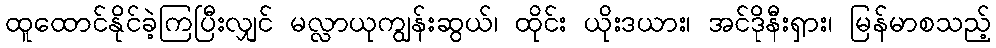
ထူထောင်နိုင်ခဲ့ကြပြီးလျှင် မလ္လာယုကျွန်းဆွယ်၊ ထိုင်း ယိုးဒယား၊ အင်ဒိုနီးရှား၊ မြန်မာစသည့်